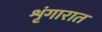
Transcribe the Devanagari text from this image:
शृंगारात